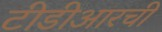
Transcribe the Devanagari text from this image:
टीडीआरची